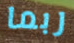
ربما